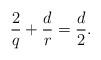
LaTeX: \begin{align*}\frac{2}{q} + \frac{d}{r} = \frac{d}{2}.\end{align*}